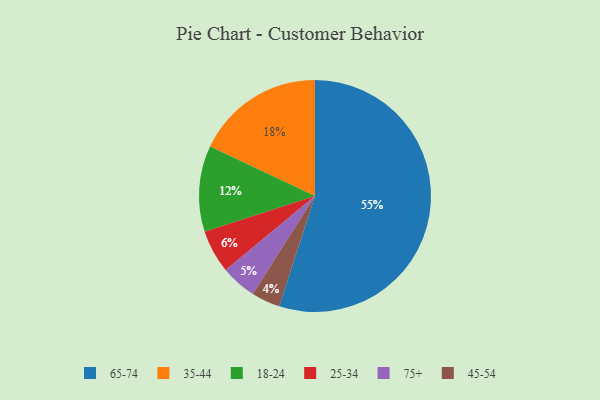
{"axis": {"x": "Category", "y": "Percentage"}, "legend": ["18-24", "25-34", "35-44", "45-54", "65-74", "75+"], "data": [{"x": "18-24", "y": 12, "type": "18-24"}, {"x": "65-74", "y": 55, "type": "65-74"}, {"x": "45-54", "y": 4, "type": "45-54"}, {"x": "75+", "y": 5, "type": "75+"}, {"x": "35-44", "y": 18, "type": "35-44"}, {"x": "25-34", "y": 6, "type": "25-34"}]}